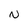
Character: N